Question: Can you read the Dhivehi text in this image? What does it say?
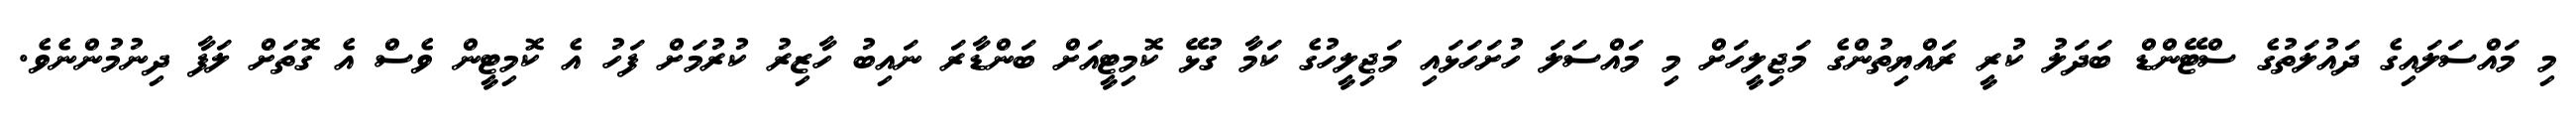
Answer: މި މައްސަލައިގެ ދައުލަތުގެ ސްޓޭންޑް ބަދަލު ކުރީ ރައްޔިތުންގެ މަޖިލީހަށް މި މައްސަލަ ހުށަހަޅައި މަޖިލީހުގެ ކަމާ ގުޅޭ ކޮމިޓީއަށް ބަންޑާރަ ނައިބު ހާޒިރު ކުރުމަށް ފަހު އެ ކޮމިޓީން ވެސް އެ ގޮތަށް ލަފާ ދިނުމުންނެވެ.